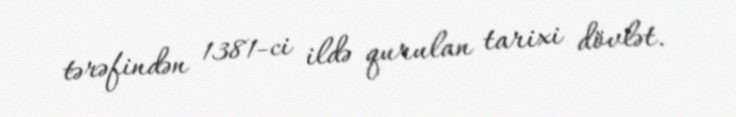
tərəfindən 1381-ci ildə qurulan tarixi dövlət.